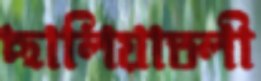
ছালিয়াতলী